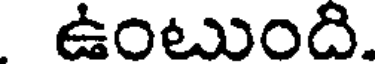
ఉంటుంది.